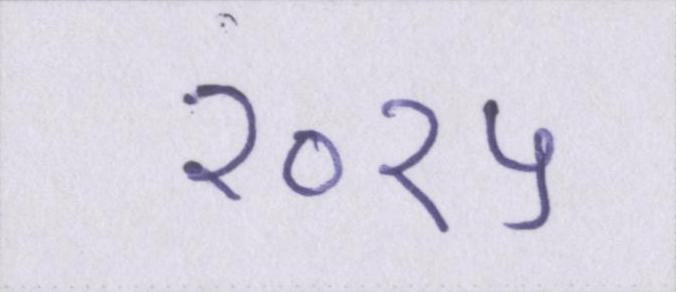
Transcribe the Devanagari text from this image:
२०१५